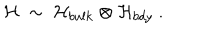
{ \cal H } ~ \sim ~ { \cal H } _ { b u l k } \otimes { \cal H } _ { b d y } ~ .